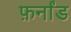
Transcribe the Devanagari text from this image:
फ़र्नांड